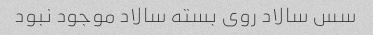
سس سالاد روی بسته سالاد موجود نبود